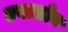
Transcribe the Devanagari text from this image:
एवालोन